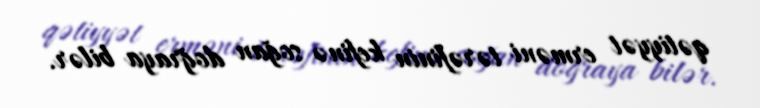
qətiyyət erməni tərəfinin kefinə soğan doğraya bilər.